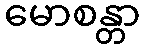
မောစန္တာ